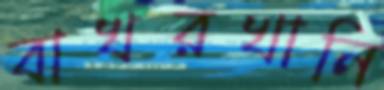
বাখরখানি